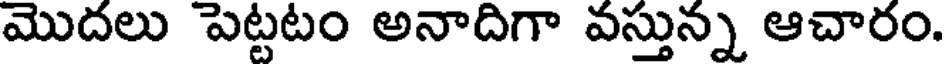
మొదలు పెట్టటం అనాదిగా వస్తున్న ఆచారం.